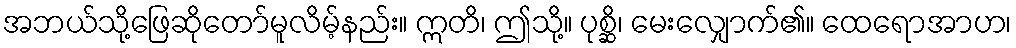
အဘယ်သို့ဖြေဆိုတော်မူလိမ့်နည်း။ ဣတိ၊ ဤသို့။ ပုစ္ဆိ၊ မေးလျှောက်၏။ ထေရောအာဟ၊